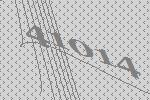
41014